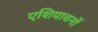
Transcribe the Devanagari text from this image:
एशियावनों